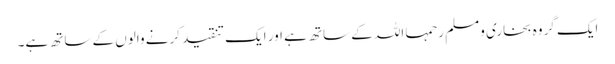
ایک گروہ بخاری ومسلم رحمہا اللہ کے ساتھ ہے اور ایک تنقید کرنے والوں کے ساتھ ہے۔